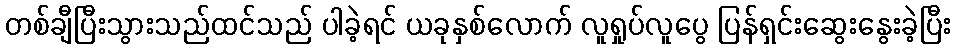
တစ်ချီပြီးသွားသည်ထင်သည် ပါခဲ့ရင် ယခုနှစ်လောက် လူရှုပ်လူပွေ ပြန်ရှင်းဆွေးနွေးခဲ့ပြီး